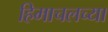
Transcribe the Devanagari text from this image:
हिमाचलच्या